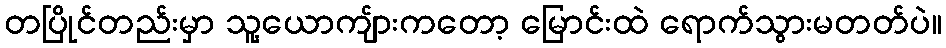
တပြိုင်တည်းမှာ သူ့ယောကျ်ားကတော့ မြောင်းထဲ ရောက်သွားမတတ်ပဲ။